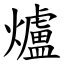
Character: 爐